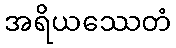
အရိယဿေတံ